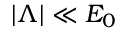
| \Lambda | \ll E _ { 0 }